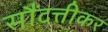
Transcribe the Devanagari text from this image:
सौंदत्तीकर